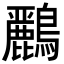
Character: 𪇾